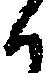
候